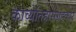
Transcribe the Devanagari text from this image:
काव्येतिहासंग्रहकार